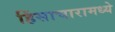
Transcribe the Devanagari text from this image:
हिंसाचारामध्ये